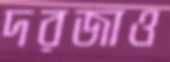
দরজাও